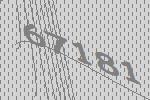
67181